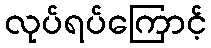
လုပ်ရပ်ကြောင့်